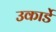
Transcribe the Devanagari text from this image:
उकार्डे